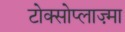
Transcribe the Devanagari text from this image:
टोक्सोप्लाज़्मा